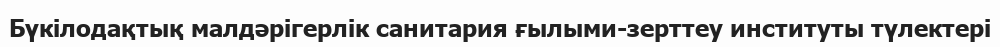
Бүкілодақтық малдәрігерлік санитария ғылыми-зерттеу институты түлектері